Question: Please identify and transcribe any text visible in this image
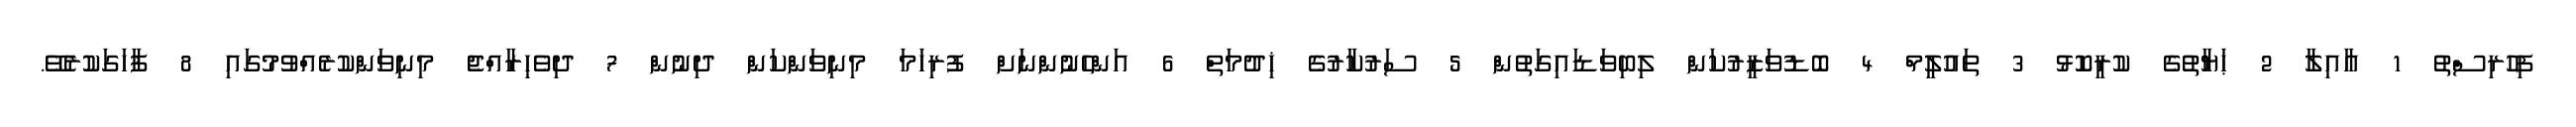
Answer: ފިހުރިސްތު 1 ޢާއިލާ 2 ޙަޔާތުގެ ކުރީކޮޅު 3 ތައުލީމް 4 ބޮޑުވަޒީރުކަން ލިބިވަޑައިގަތުން 5 ސަރުކާރުގެ ޚިދުމަތް 6 އަންހެނުންނަށް ފުރިހަމަ މިނިވަންކަން ދިނުން 7 ދިވެހިރާއްޖެ މިނިވަންކުރެއްވުމުގައި 8 ފާހަގަކުރެވޭ.